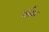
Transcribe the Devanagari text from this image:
तर्राक